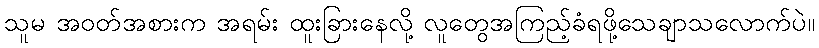
သူမ အဝတ်အစားက အရမ်း ထူးခြားနေလို့ လူတွေအကြည့်ခံရဖို့သေချာသလောက်ပဲ။